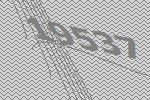
19537